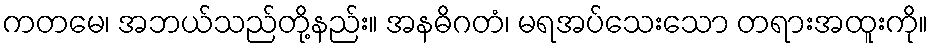
ကတမေ၊ အဘယ်သည်တို့နည်း။ အနဓိဂတံ၊ မရအပ်သေးသော တရားအထူးကို။